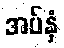
အပ်နှံ